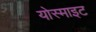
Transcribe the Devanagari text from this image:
योस्माइट